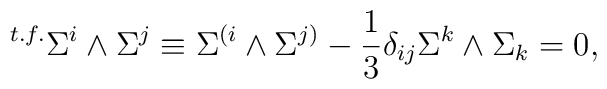
{}^{t.f.} \Sigma^i \wedge \Sigma^j    \equiv \Sigma^{(i} \wedge \Sigma^{j)}    - {1 \over 3} \delta_{ij} \Sigma^k \wedge \Sigma_k = 0,